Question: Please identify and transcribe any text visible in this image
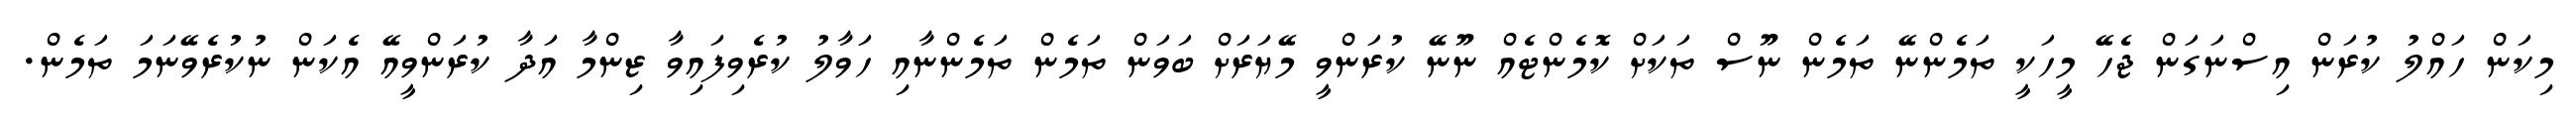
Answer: މިކަން ހައްލު ކުރަން އިސްނަގަން ޖެހޭ މީހަކީ ތަމެންނޭ ތަމެން ނޫސް ތަކަށް ކޮމެންޓެއް ނޫނޭ ކުރަންވީ މޭޔަރަށް ބަވަން ތަމެން ތަމެންނާއި ހަވާލު ކުރެވިފައިވާ ޒިންމާ އަދާ ކުރަންވީއޭ އެކަން ނުކުރެވޭނަމަ ތަމެން.